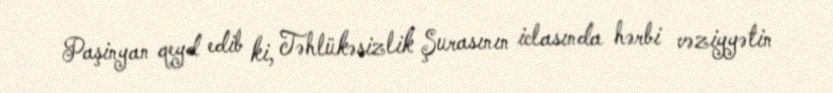
Paşinyan qeyd edib ki, Təhlükəsizlik Şurasının iclasında hərbi vəziyyətin